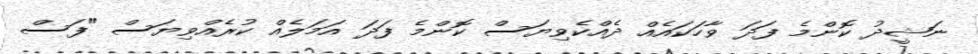
ނަޝީދު ކޮންމެ ފަދަ ވާހަކައެއް ދެއްކެވިޔަސް ކޮންމެ ފަދަ އަމަލެއް ކުރެއްވިޔަސް "ފަސް